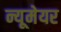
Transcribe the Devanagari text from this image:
न्यूमेयर